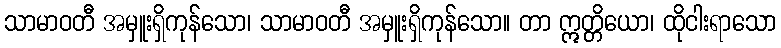
သာမာဝတီ အမှူးရှိကုန်သော၊ သာမာဝတီ အမှူးရှိကုန်သော။ တာ ဣတ္တိယော၊ ထိုငါးရာသော